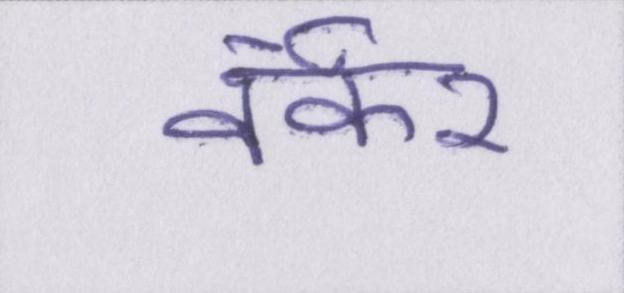
वर्कर